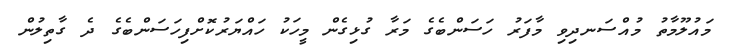
މައުލޫމާތު މުއްސަނދިވި މާފަރު ހަސަންބެގެ މަރާ ގުޅިގެން މީހަކު ހައްޔަރުކޮށްފިހަސަންބެގެ ދެ ގާތިލުން